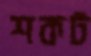
শকট